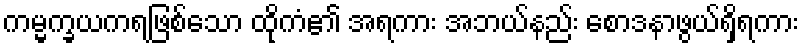
ကမ္မက္ခယကရဖြစ်သော ထိုကံ၏ အရကား အဘယ်နည်း စောဒနာဖွယ်ရှိရကား